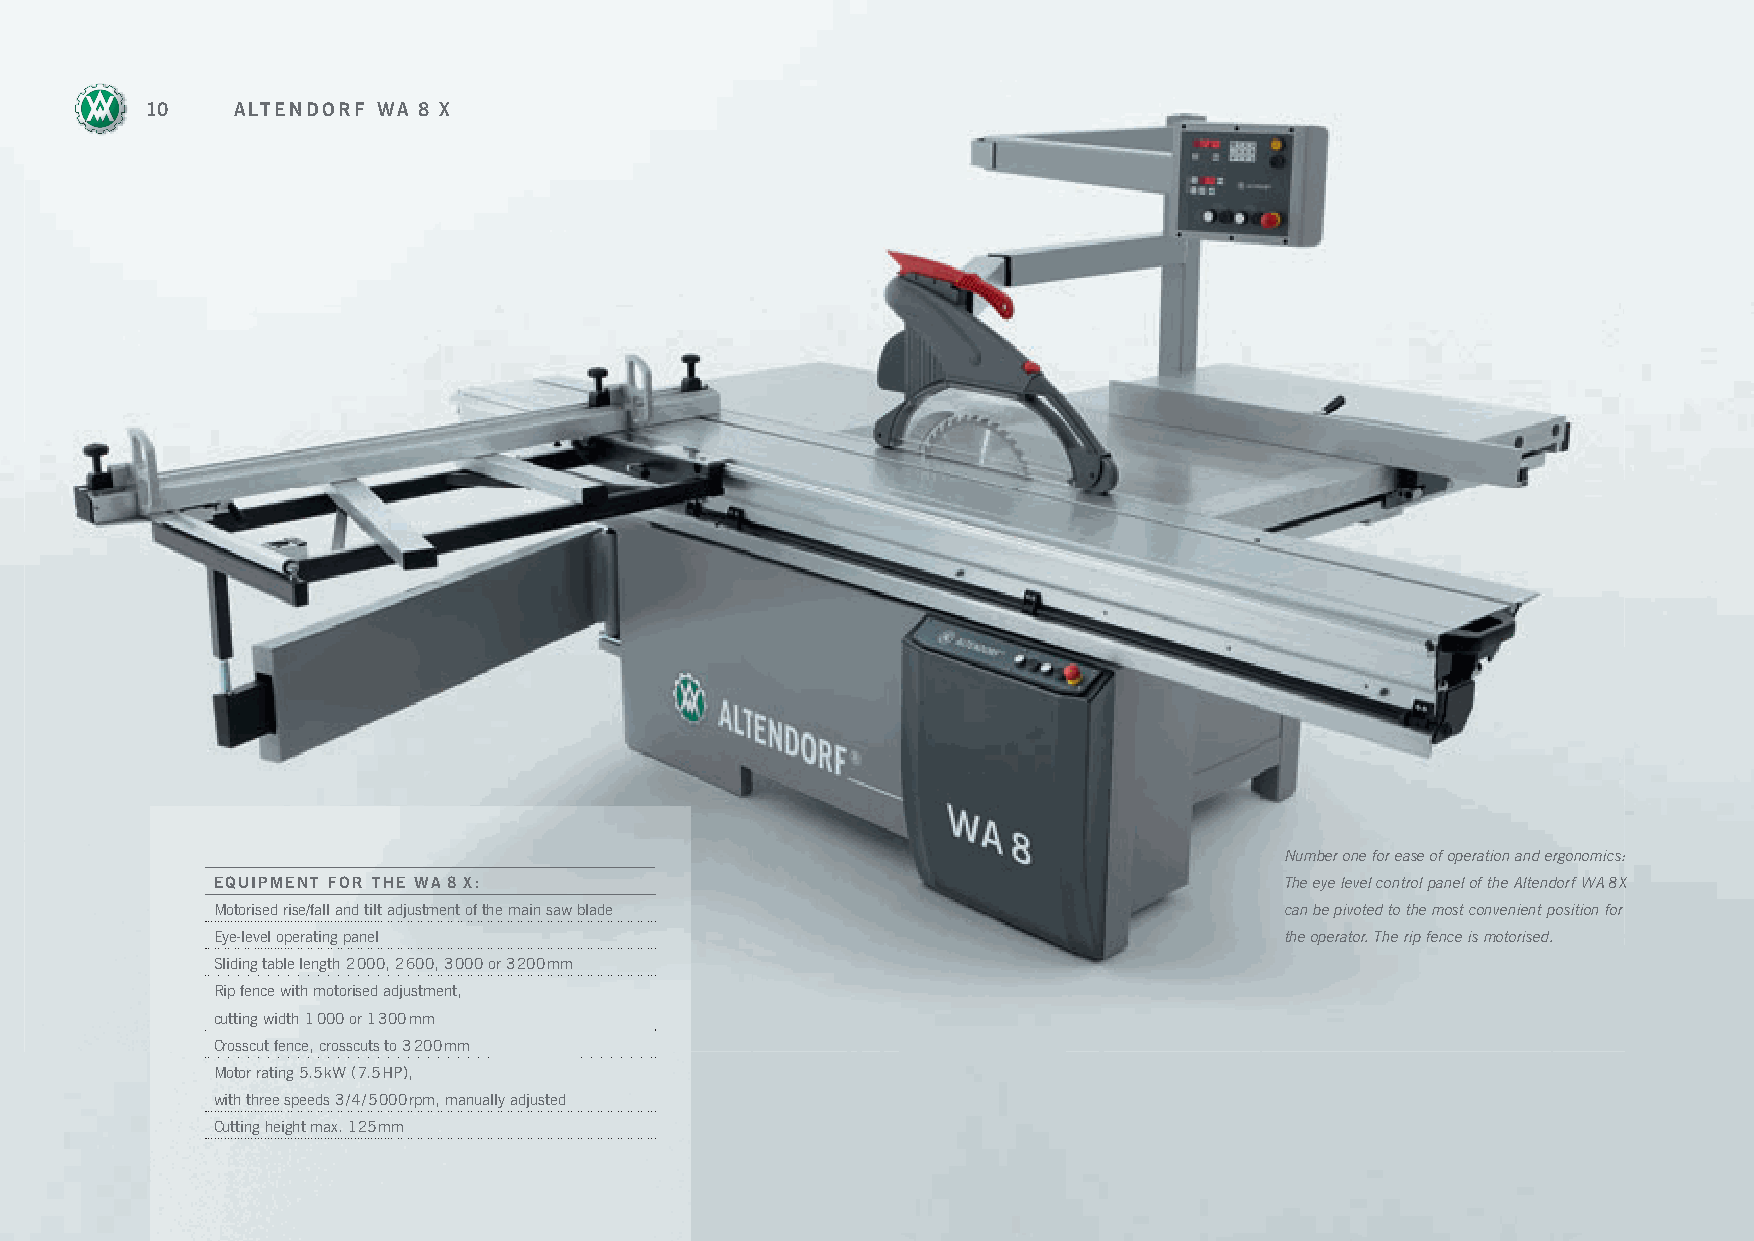
10   ALTENDORF WA 8 X
 Number one for ease of operation and ergonomics:
 EQUIPMENT FOR THE WA 8 X:                                              The eye level control panel of the Altendorf WA 8 X
 Motorised rise/fall and tilt adjustment of the main saw blade          can be pivoted to the most convenient position for
 Eye-level operating panel                                              the operator. The rip fence is motorised.
 Sliding table length 2 000, 2 600, 3 000 or 3 200 mm
 Rip fence with motorised adjustment,
 cutting width 1 000 or 1 300 mm
 Crosscut fence, crosscuts to 3 200 mm
 Motor rating 5.5 kW (7.5 HP),
 with three speeds 3/4/5 000 rpm, manually adjusted
 Cutting height max. 125 mm